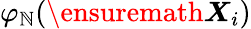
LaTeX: \varphi_{\mathbb{N}}(\ensuremath{{\boldsymbol{X}}}_{i})